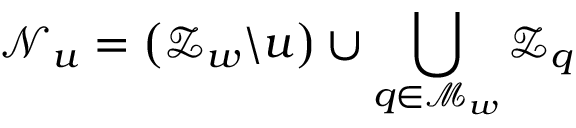
\mathcal { N } _ { u } = \left( \mathcal { Z } _ { w } \backslash u \right) \cup \bigcup _ { q \in \mathcal { M } _ { w } } \mathcal { Z } _ { q }